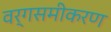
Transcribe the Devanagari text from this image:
वर्गसमीकरण